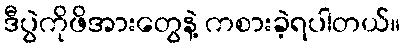
ဒီပွဲကိုဖိအားတွေနဲ့ ကစားခဲ့ရပါတယ်။